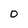
Character: O